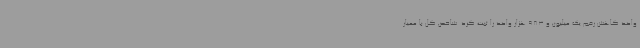
واحد کاهش رقم یک میلیون و 983 هزار واحد را ثبت کرد. شاخص کل با معیار